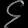
Digit: ၄